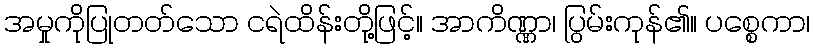
အမှုကိုပြုတတ်သော ငရဲထိန်းတို့ဖြင့်။ အာကိဏ္ဏာ၊ ပြွမ်းကုန်၏။ ပစ္စေကာ၊